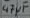
Text: 47µF